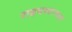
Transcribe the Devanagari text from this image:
राइचश्टागला